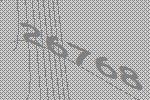
26768